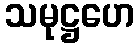
သမုဋ္ဌဟေ